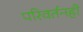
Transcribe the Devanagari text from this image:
परिवर्तनही